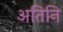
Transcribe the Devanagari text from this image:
अतिनि